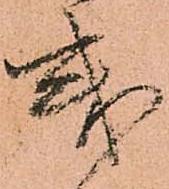
或